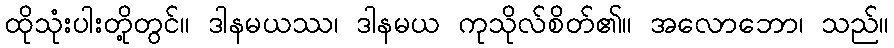
ထိုသုံးပါးတို့တွင်။ ဒါနမယဿ၊ ဒါနမယ ကုသိုလ်စိတ်၏။ အလောဘော၊ သည်။